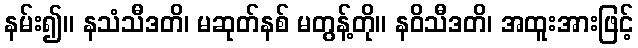
နမ်း၍။ နသံသီဒတိ၊ မဆုတ်နစ် မတွန့်တို။ နဝိသီဒတိ၊ အထူးအားဖြင့်